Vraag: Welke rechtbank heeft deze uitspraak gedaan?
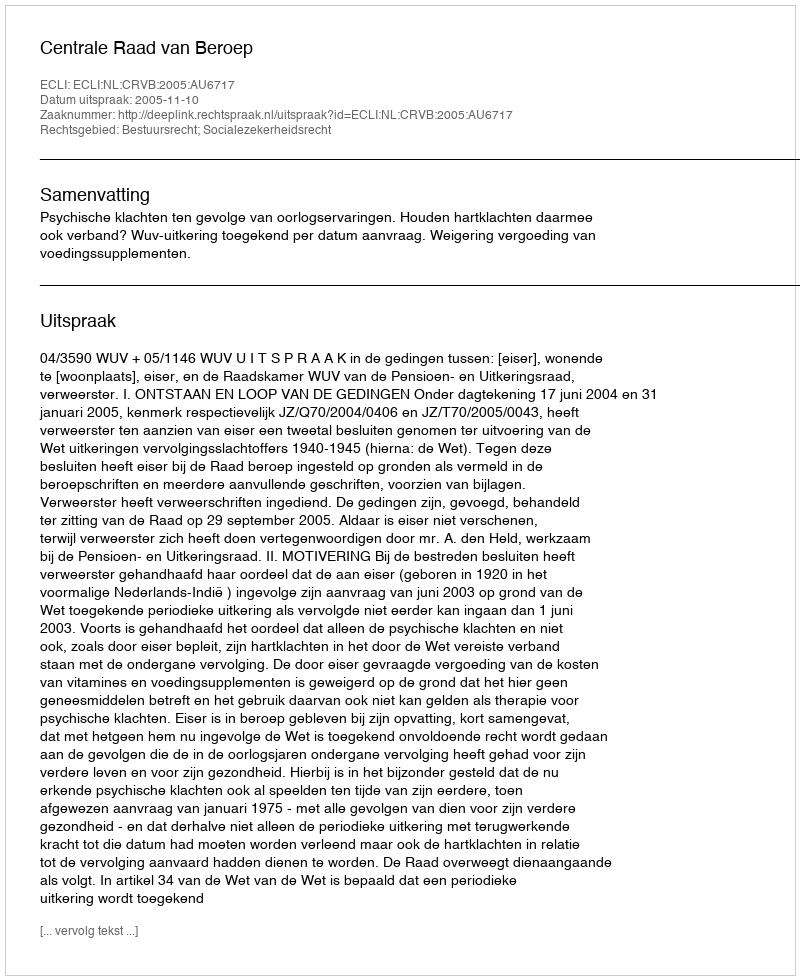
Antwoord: Centrale Raad van Beroep